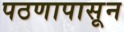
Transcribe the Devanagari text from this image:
पठणापासून